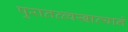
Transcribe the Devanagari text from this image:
पुरातत्त्वखात्याने